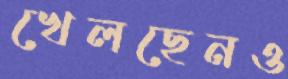
খেলছেনও